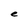
Character: e